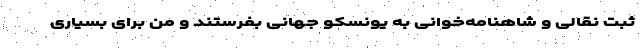
ثبت نقالی و شاهنامه‌خوانی به یونسکو جهانی بفرستند و من برای بسیاری